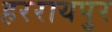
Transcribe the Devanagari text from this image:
हररायपुर